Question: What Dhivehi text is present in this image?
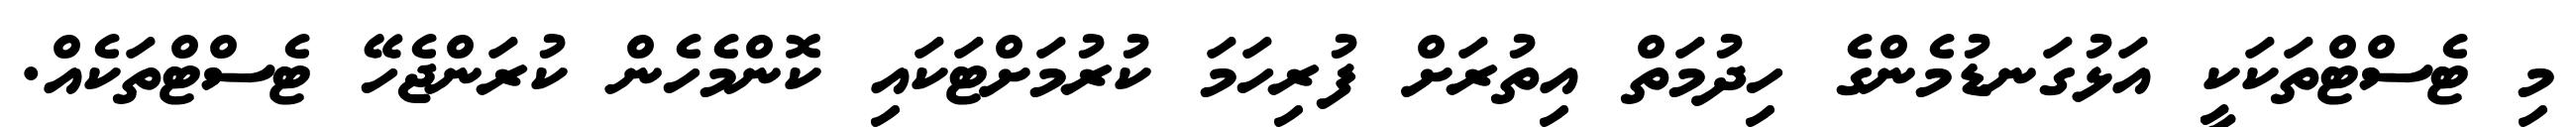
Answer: މި ޓެސްޓްތަކަކީ އަޅުގަނޑުމެންގެ ހިދުމަތް އިތުރަށް ފުރިހަމަ ކުރުމަށްޓަކައި ކޮންމެހެން ކުރަންޖެހޭ ޓެސްޓްތަކެއް.